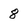
Character: 8